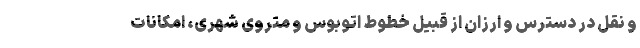
و نقلِ در دسترس و ارزان از قبیل خطوط اتوبوس و متروی شهری، امکانات